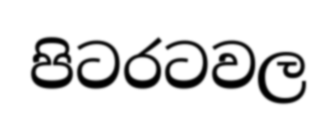
පිටරටවල